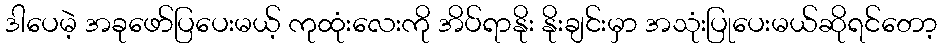
ဒါပေမဲ့ အခုဖော်ပြပေးမယ့် ကုထုံးလေးကို အိပ်ရာနိုး နိုးချင်းမှာ အသုံးပြုပေးမယ်ဆိုရင်တော့